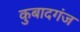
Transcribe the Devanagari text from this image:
कुबादगंज